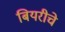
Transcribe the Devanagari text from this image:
बियरीचे